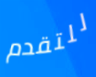
للتقدم